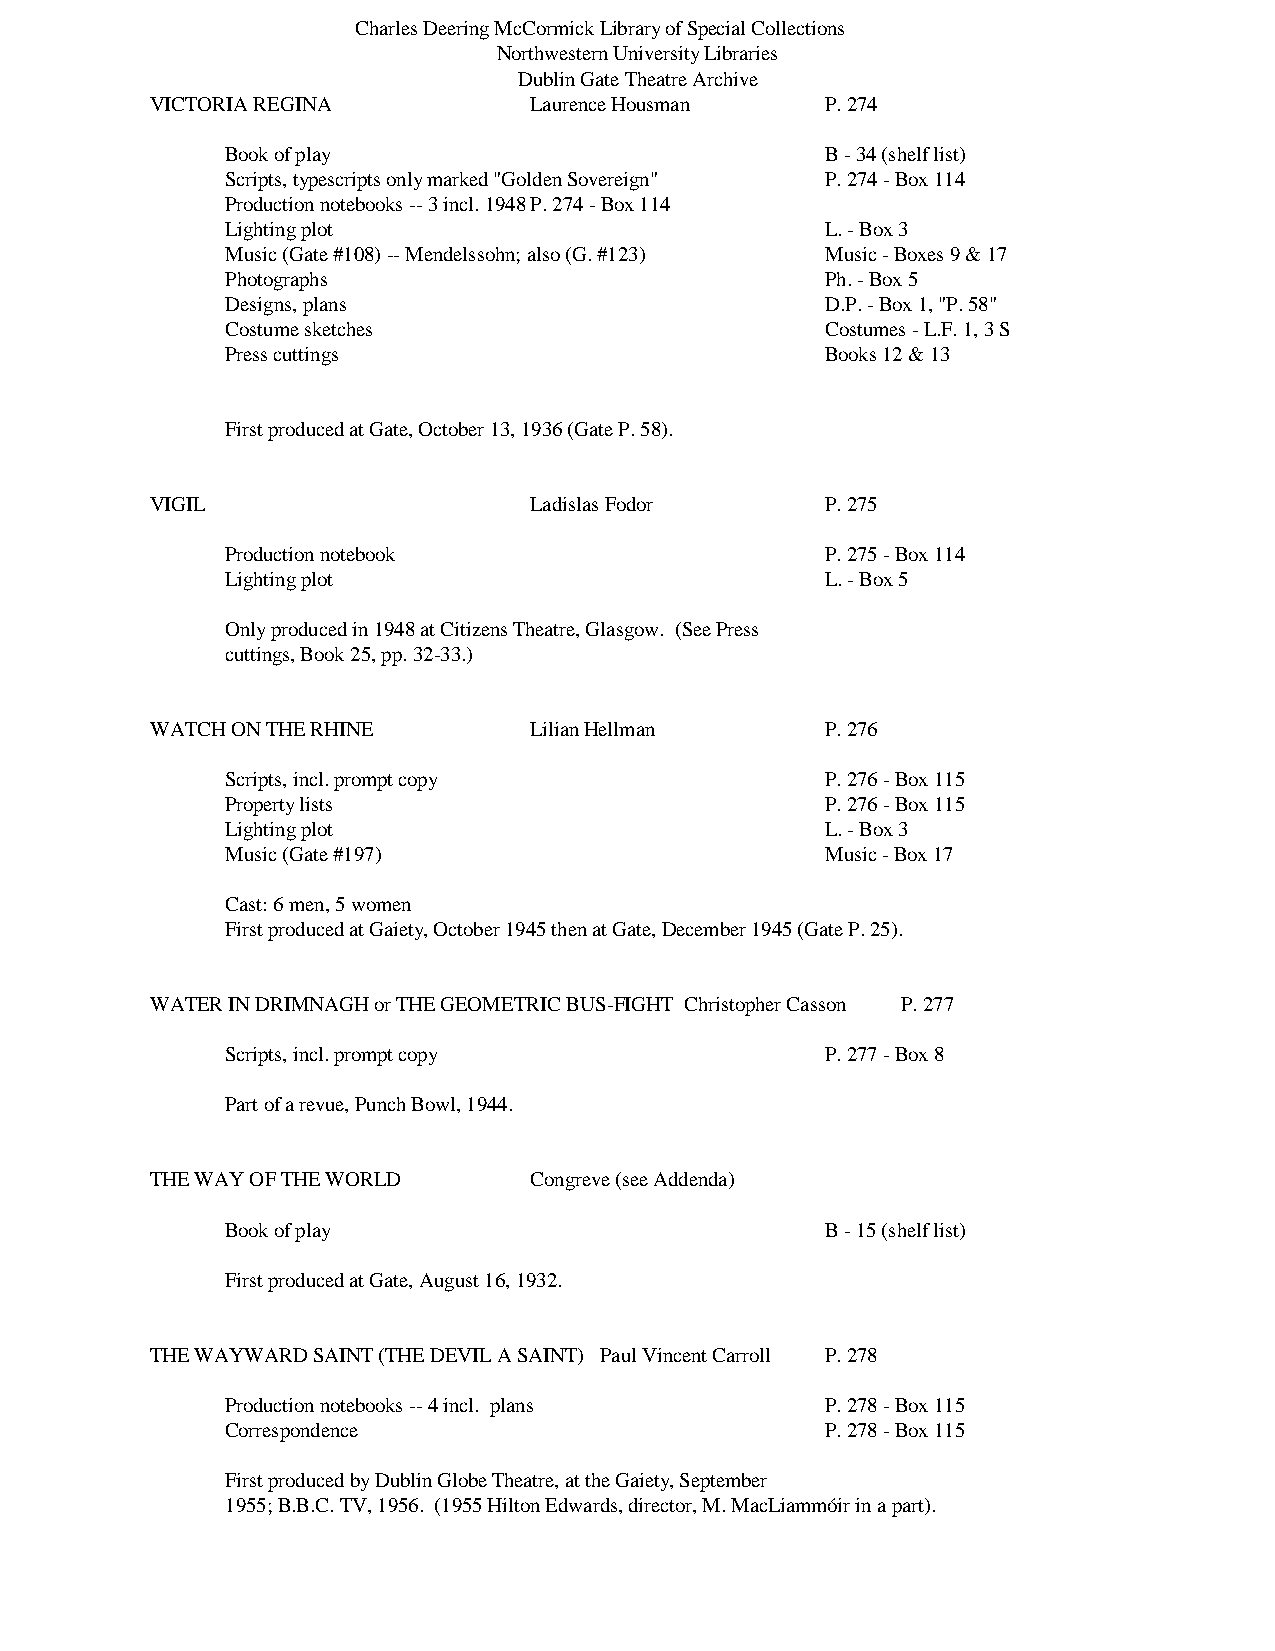
Charles Deering McCormick Library of Special Collections
 Northwestern University Libraries
 Dublin Gate Theatre Archive
 VICTORIA REGINA          Laurence Housman    P. 274
 Book of play                            B - 34 (shelf list)
 Scripts, typescripts only marked "Golden Sovereign" P. 274 - Box 114
 Production notebooks -- 3 incl. 1948 P. 274 - Box 114
 Lighting plot                           L. - Box 3
 Music (Gate #108) -- Mendelssohn; also (G. #123) Music - Boxes 9 & 17
 Photographs                             Ph. - Box 5
 Designs, plans                          D.P. - Box 1, "P. 58"
 Costume sketches                        Costumes - L.F. 1, 3 S
 Press cuttings                          Books 12 & 13
 First produced at Gate, October 13, 1936 (Gate P. 58).
 VIGIL                    Ladislas Fodor      P. 275
 Production notebook                     P. 275 - Box 114
 Lighting plot                           L. - Box 5
 Only produced in 1948 at Citizens Theatre, Glasgow. (See Press
 cuttings, Book 25, pp. 32-33.)
 WATCH ON THE RHINE       Lilian Hellman      P. 276
 Scripts, incl. prompt copy              P. 276 - Box 115
 Property lists                          P. 276 - Box 115
 Lighting plot                           L. - Box 3
 Music (Gate #197)                       Music - Box 17
 Cast: 6 men, 5 women
 First produced at Gaiety, October 1945 then at Gate, December 1945 (Gate P. 25).
 WATER IN DRIMNAGH or THE GEOMETRIC BUS-FIGHT Christopher Casson P. 277
 Scripts, incl. prompt copy              P. 277 - Box 8
 Part of a revue, Punch Bowl, 1944.
 THE WAY OF THE WORLD     Congreve (see Addenda)
 Book of play                            B - 15 (shelf list)
 First produced at Gate, August 16, 1932.
 THE WAYWARD SAINT (THE DEVIL A SAINT) Paul Vincent Carroll P. 278
 Production notebooks -- 4 incl. plans   P. 278 - Box 115
 Correspondence                          P. 278 - Box 115
 First produced by Dublin Globe Theatre, at the Gaiety, September
 1955; B.B.C. TV, 1956. (1955 Hilton Edwards, director, M. MacLiammóir in a part).